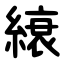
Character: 縗